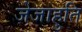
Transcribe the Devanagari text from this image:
जेजाहुति